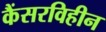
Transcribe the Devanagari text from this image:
कैंसरविहीन